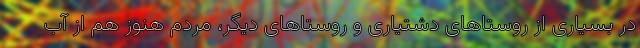
در بسیاری از روستاهای دشتیاری و روستاهای دیگر، مردم هنوز هم از آب